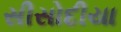
સીસોદીયા